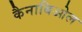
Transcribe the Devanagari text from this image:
कैनाबिओल